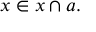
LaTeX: x \in x \cap a .